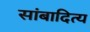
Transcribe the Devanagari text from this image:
सांबादित्य